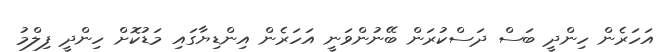
އަހަރެން ހިންދީ ބަސް ދަސްކުރަން ބޭނުންވަނީ އަހަރެން އިންޑިޔާގައި މަޑުކޮށް ހިންދީ ފިލްމު